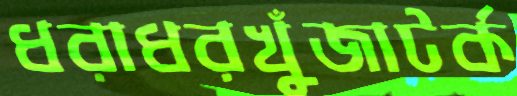
ধরাধরখুঁজাটর্ক